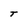
Character: T